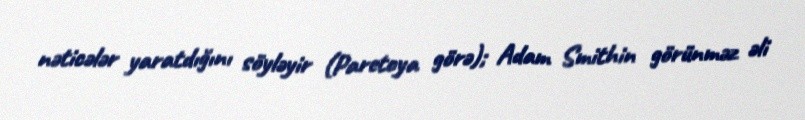
nəticələr yaratdığını söyləyir (Paretoya görə); Adam Smithin görünməz əli